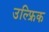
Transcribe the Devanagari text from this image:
उल्फ्रिक